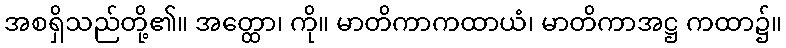
အစရှိသည်တို့၏။ အတ္ထော၊ ကို။ မာတိကာကထာယံ၊ မာတိကာအဋ္ဌ ကထာ၌။